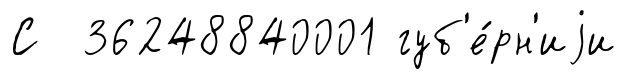
С 36248840001 губ'е́рн'иjи